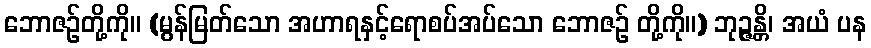
ဘောဇဉ်တို့ကို။ (မွန်မြတ်သော အဟာရနှင့်ရောစပ်အပ်သော ဘောဇဉ် တို့ကို။) ဘုဉ္ဇန္တိ၊ အယံ ပန